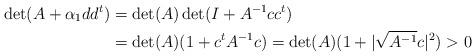
LaTeX: \begin{align*} \det(A + \alpha_1 dd^t) &= \det(A)\det(I + A^{-1}cc^t) \\ &= \det(A)(1 + c^tA^{-1}c) = \det(A)(1 + |\sqrt{A^{-1}}c|^2) > 0\end{align*}